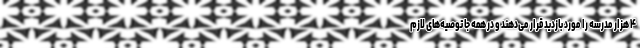
۴ هزار مدرسه را مورد بازدید قرار می‌دهند و در همه جا توصیه‌های لازم